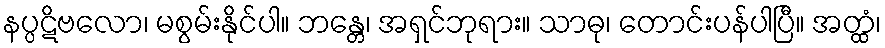
နပ္ပဋိဗလော၊ မစွမ်းနိုင်ပါ။ ဘန္တေ၊ အရှင်ဘုရား။ သာဓု၊ တောင်းပန်ပါပြီ။ အတ္ထံ၊